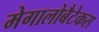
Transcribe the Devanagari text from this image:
मेगालोबैटेकस